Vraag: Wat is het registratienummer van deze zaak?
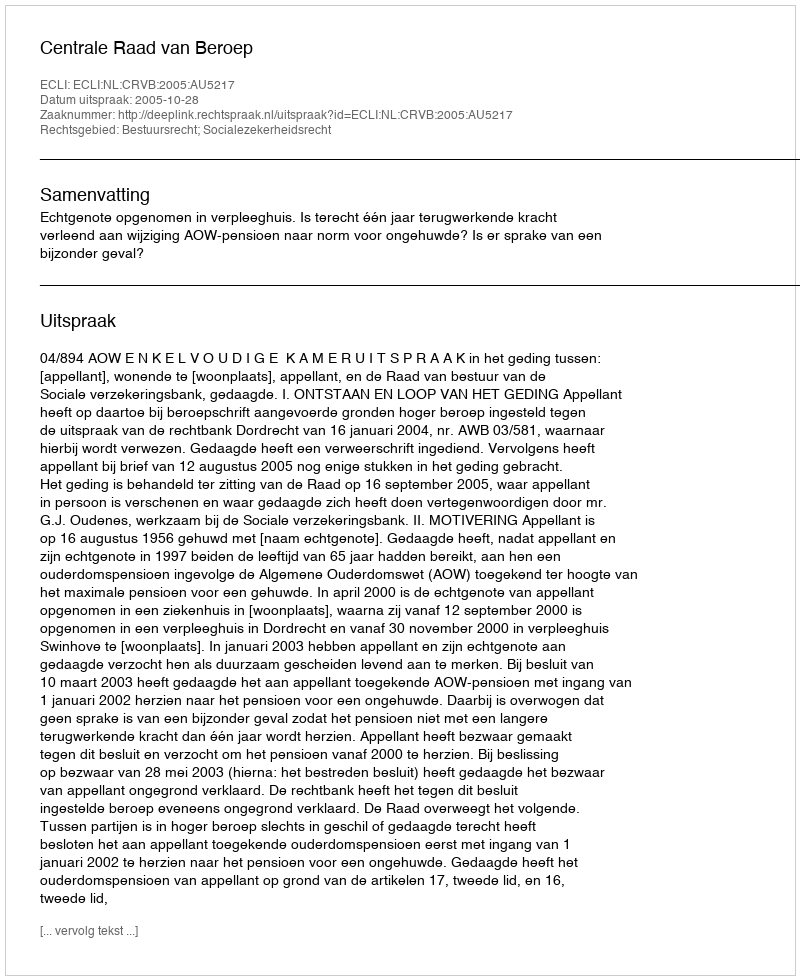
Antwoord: http://deeplink.rechtspraak.nl/uitspraak?id=ECLI:NL:CRVB:2005:AU5217